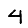
Digit: 4